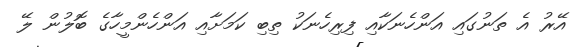
އޭރު އެ ތަނުގައި އަންހެނަކާއި ފިރިހެނަކު ތިބި ކަމަށާއި އަންހެންމީހާގެ ބޮލުން ލޭ